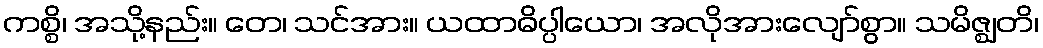
ကစ္စိ၊ အသို့နည်း။ တေ၊ သင်အား။ ယထာဓိပ္ပါယော၊ အလိုအားလျော်စွာ။ သမိဇ္ဈတိ၊